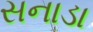
સનાડા